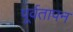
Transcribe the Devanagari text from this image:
पूर्वतापन